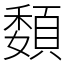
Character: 䫋